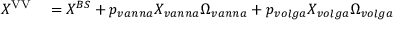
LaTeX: \begin{array} { r l } { X ^ { \mathrm { { V V } } } } & { { } = X ^ { B S } + p _ { v a n n a } X _ { v a n n a } \Omega _ { v a n n a } + p _ { v o l g a } X _ { v o l g a } \Omega _ { v o l g a } } \end{array}